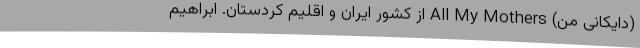
(دايكانی من) All My Mothers از کشور ایران و اقلیم کردستان. ابراهیم